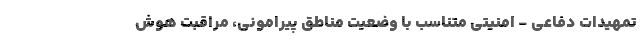
تمهیدات دفاعی - امنیتی متناسب با وضعیت مناطق پیرامونی، مراقبت هوش